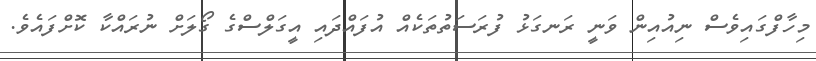
މިހާފްގައިވެސް ނިއުއިން ވަނީ ރަނގަޅު ފުރަސަތުތަކެއް އުފައްދައި އީގަލްސްގެ ގޯލަށް ނުރައްކާ ކޮށްފައެވެ.